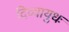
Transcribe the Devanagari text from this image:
दिव्यायुधः